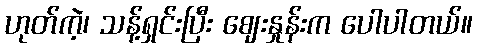
ဟုတ်ကဲ့၊ သန့်ရှင်းပြီး ဈေးနှုန်းက ပေါပါတယ်။